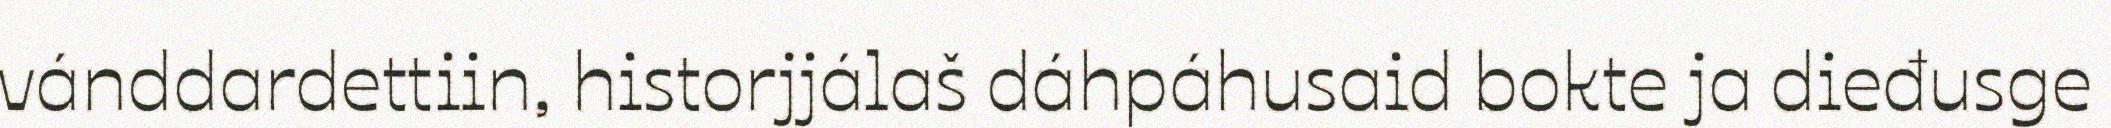
vánddardettiin, historjjálaš dáhpáhusaid bokte ja dieđusge